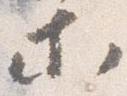
等